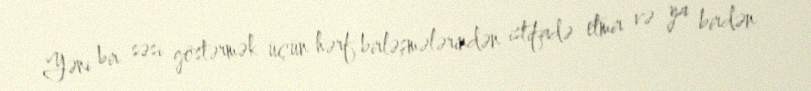
Yəni bir səsi göstərmək üçün hərf birləşmələrindən istifadə etmir və ya birdən